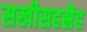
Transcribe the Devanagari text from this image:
सखीसहस्रैह